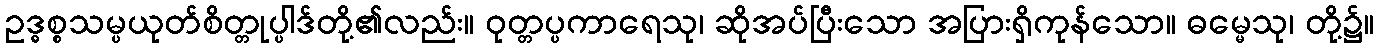
ဥဒ္ဓစ္စသမ္ပယုတ်စိတ္တုပ္ပါဒ်တို့၏လည်း။ ဝုတ္တပ္ပကာရေသု၊ ဆိုအပ်ပြီးသော အပြားရှိကုန်သော။ ဓမ္မေသု၊ တို့၌။